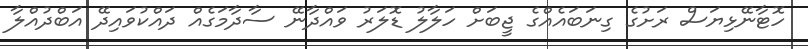
ހޮޓާނޭޅިޔަސް ރަށުގެ ގިނަބައެއްގެ ޖީބަށް ހަލާލު ޑޮލަރު ވައްދާނޭ ސާދާމަގެއް ދައްކުވައިދޭ އަބްދުއްލާ